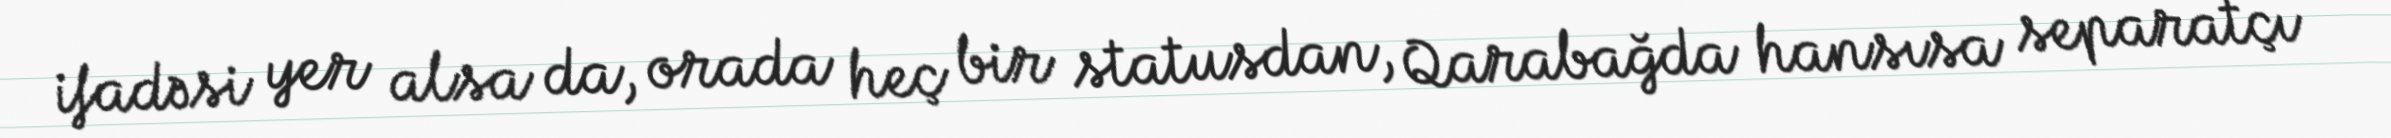
ifadəsi yer alsa da, orada heç bir statusdan, Qarabağda hansısa separatçı